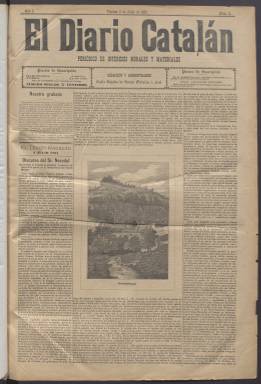
Título: El Diario catalán
Colección: Periódicos
Ámbito geográfico: Barcelona
Lugar de publicación: Barcelona
Fechas: 03/07/1891-12/07/1903